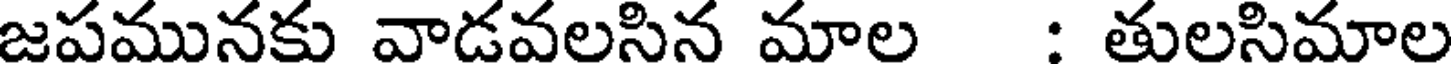
జపమునకు వాడవలసిన మాల : తులసిమాల